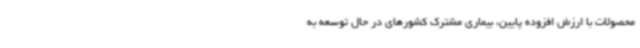
محصولات با ارزش افزوده پایین، بیماری مشترک کشورهای در حال توسعه به